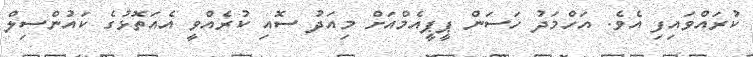
ކުރައްވައިފި އެވެ. އަހްމަދު ހަސަން ޕީޕީއެމްއަށް މިއަދު ސޮއި ކުރެއްވީ އެއަތޮޅުގެ ކައުންސިލް